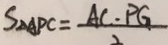
S _ { \Delta A P C } = \frac { A C \cdot P G } { 2 }